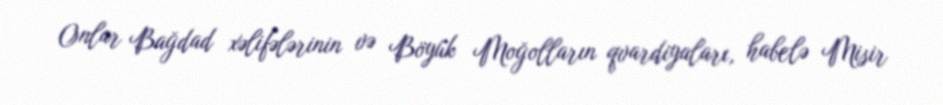
Onlar Bağdad xəlifələrinin və Böyük Moğolların qvardiyaları, habelə Misir